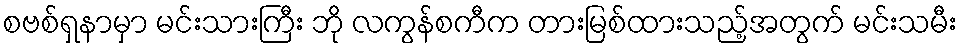
စဗစ်ရှနာမှာ မင်းသားကြီး ဘို လကွန်စကီက တားမြစ်ထားသည့်အတွက် မင်းသမီး